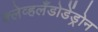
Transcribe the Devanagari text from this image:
क्लेव्हलँडोडेंड्रोन